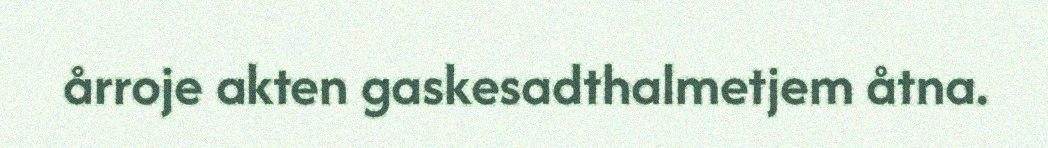
årroje akten gaskesadthalmetjem åtna.